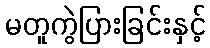
မတူကွဲပြားခြင်းနှင့်